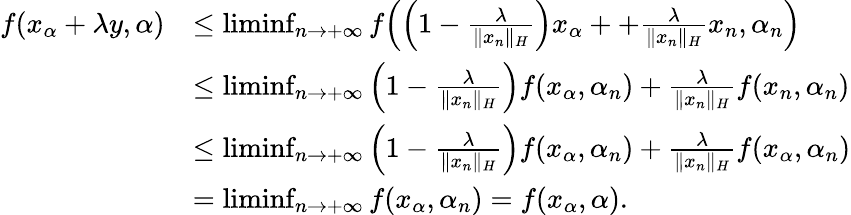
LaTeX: \begin{array}{rl}{f(x_{\alpha}+\lambda y,\alpha)}&{\leq\operatorname*{liminf}_{n\rightarrow+\infty}f\Big(\Big(1-\frac{\lambda}{\| x_{n}\| _{H}}\Big)x_{\alpha}++\frac{\lambda}{\| x_{n}\| _{H}}x_{n},\alpha_{n}\Big)}\\ &{\leq\operatorname*{liminf}_{n\rightarrow+\infty}\Big(1-\frac{\lambda}{\| x_{n}\| _{H}}\Big)f(x_{\alpha},\alpha_{n})+\frac{\lambda}{\| x_{n}\| _{H}}f(x_{n},\alpha_{n})}\\ &{\leq\operatorname*{liminf}_{n\rightarrow+\infty}\Big(1-\frac{\lambda}{\| x_{n}\| _{H}}\Big)f(x_{\alpha},\alpha_{n})+\frac{\lambda}{\| x_{n}\| _{H}}f(x_{\alpha},\alpha_{n})}\\ &{=\operatorname*{liminf}_{n\rightarrow+\infty}f(x_{\alpha},\alpha_{n})=f(x_{\alpha},\alpha).}\end{array}